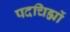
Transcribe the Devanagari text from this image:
पदचिह्मों